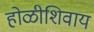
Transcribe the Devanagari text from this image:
होळीशिवाय